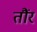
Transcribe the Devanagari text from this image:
तौंर